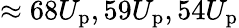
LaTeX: \approx 68U_{\mathrm{p}},59U_{\mathrm{p}},54U_{\mathrm{p}}